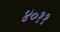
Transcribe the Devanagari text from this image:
४०११